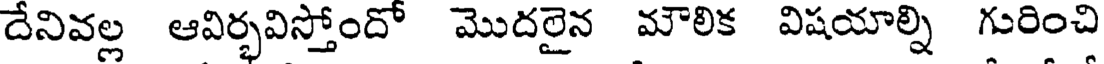
దేనివల్ల ఆవిర్భవిస్తోందో మొదలైన మౌలిక విషయాల్ని గురించి